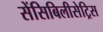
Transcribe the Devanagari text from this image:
सेंसिबिलीसेट्रिस